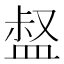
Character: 𥁽